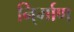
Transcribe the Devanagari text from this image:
नि्र्माण